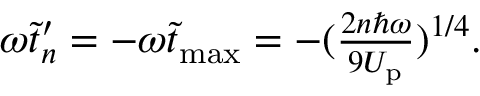
\begin{array} { r } { \omega \tilde { t } _ { n } ^ { \prime } = - \omega \tilde { t } _ { \mathrm { m a x } } = - ( \frac { 2 n \hbar \omega } { 9 U _ { \mathrm { p } } } ) ^ { 1 / 4 } . } \end{array}